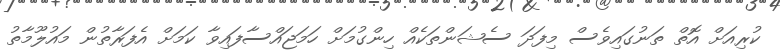
ކުރިއަށް އޮތް ތަނުގައިވެސް މިފަދަ ސެޝަންތަކެއް ހިންގުމަށް ހަމަޖައްސާފައިވާ ކަމަށް އެފަރާތުން މައުލޫމާތު